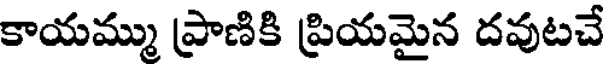
కాయమ్ము ప్రాణికి ప్రియమైన దవుటచే